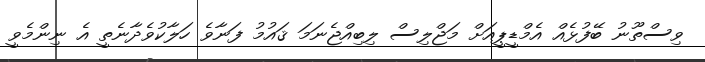
ވިސްތޫނު ބޭފުޅެއް އެމްޑީޕީއަށް މަޖްލިސް ލިބިއްޖެނަމަ ޤައުމު ފަނާވެ ހަލާކުވެދާނެތީ އެ ނިންމެވީ